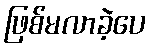
ဖြစ်မလာခဲ့ပေ